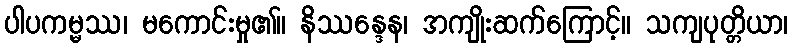
ပါပကမ္မဿ၊ မကောင်းမှု၏။ နိဿန္ဒေန၊ အကျိုးဆက်ကြောင့်။ သကျပုတ္တိယာ၊